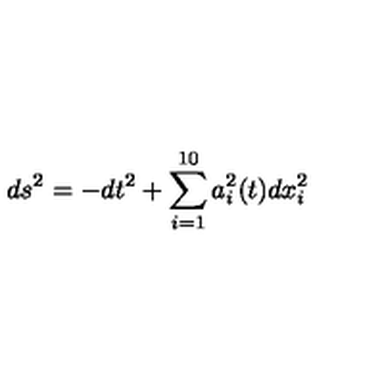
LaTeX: d s ^ { 2 } = - d t ^ { 2 } + \sum _ { i = 1 } ^ { 1 0 } a _ { i } ^ { 2 } ( t ) d x _ { i } ^ { 2 }